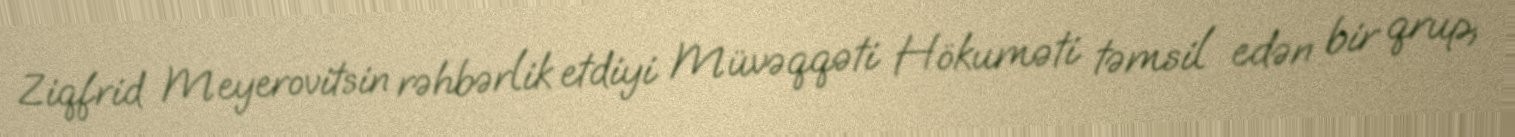
Ziqfrid Meyerovitsin rəhbərlik etdiyi Müvəqqəti Hökuməti təmsil edən bir qrup,